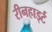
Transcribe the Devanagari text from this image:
रीनहार्ड्ट